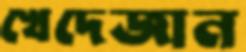
খেদেজান